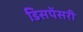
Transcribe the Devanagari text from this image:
डिसपेंसरी